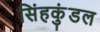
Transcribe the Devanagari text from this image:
सिंहकुंडल